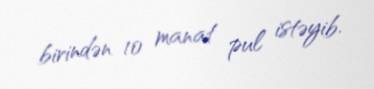
birindən 10 manat pul istəyib.